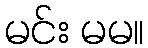
မင်း မမ။